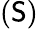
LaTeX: (\mathsf{S})